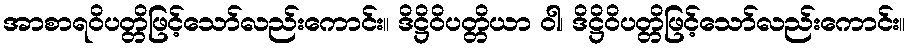
အာစာရဝိပတ္တိဖြင့်သော်လည်းကောင်း။ ဒိဋ္ဌိဝိပတ္တိယာ ဝါ၊ ဒိဋ္ဌိဝိပတ္တိဖြင့်သော်လည်းကောင်း။